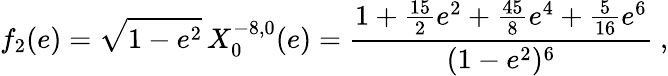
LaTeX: f_{2}(e)=\sqrt{1-e^{2}}\, X_{0}^{-8,0}(e)=\frac{1+\frac{15}{2}e^{2}+\frac{45}{8}e^{4}+\frac{5}{16}e^{6}}{(1-e^{2})^{6}}\ ,